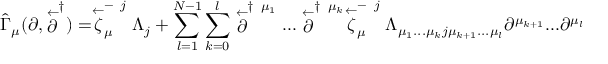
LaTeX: \hat { \Gamma } _ { \mu } ( \partial , \stackrel { \leftarrow } { \partial } ^ { \dagger } ) = \stackrel { \leftarrow } { \zeta } _ { \mu } ^ { - \; \; j } \Lambda _ { j } + \sum _ { l = 1 } ^ { N - 1 } \sum _ { k = 0 } ^ { l } \stackrel { \leftarrow } { \partial } ^ { \dagger \; \; \mu _ { 1 } } . . . \stackrel { \leftarrow } { \partial } ^ { \dagger \; \; \mu _ { k } } \stackrel { \leftarrow } { \zeta } _ { \mu } ^ { - \; \; j } \Lambda _ { \mu _ { 1 } . . . \mu _ { k } j \mu _ { k + 1 } . . . \mu _ { l } } \partial ^ { \mu _ { k + 1 } } . . . \partial ^ { \mu _ { l } }